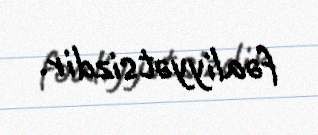
fəaliyyətsizdir.